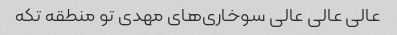
عالی عالی عالی سوخاری‌های مهدی تو منطقه تکه